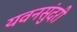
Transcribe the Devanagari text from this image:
यवनसुंदरी